Indian journal of veterinary science and animal husbandry - Volume 3,
Year: 1933
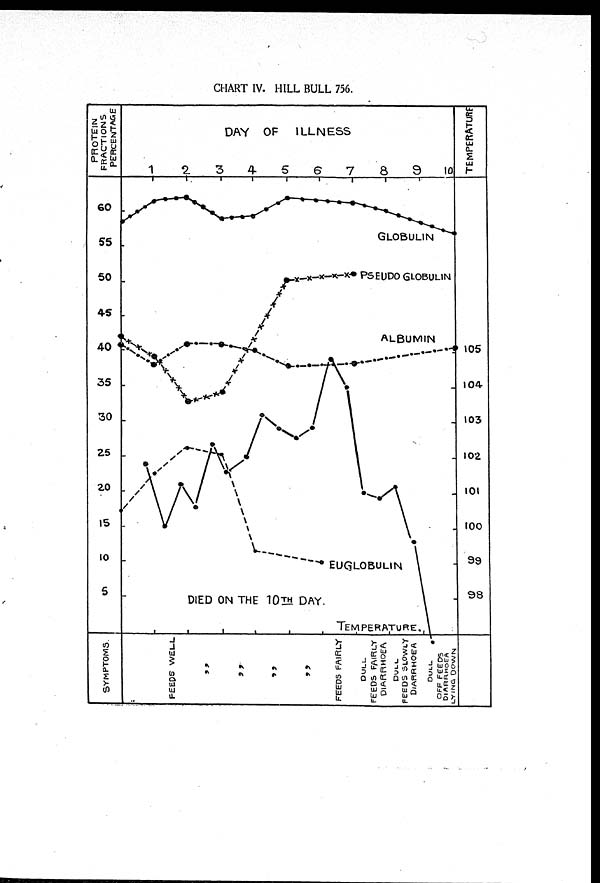
CHART IV. HILL BULL 756.